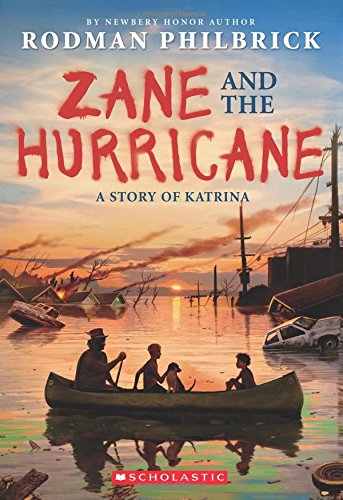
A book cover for Zane and the Hurricane: A Story of Katrina; Rodman Philbrick; Children's Books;